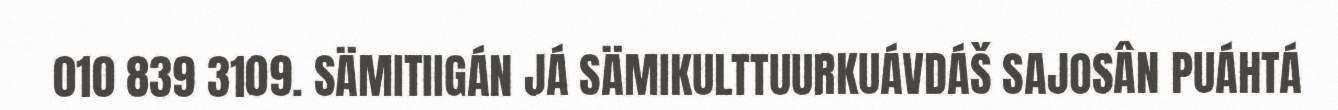
010 839 3109. SÄMITIIGÁN JÁ SÄMIKULTTUURKUÁVDÁŠ SAJOSÂN PUÁHTÁ